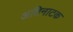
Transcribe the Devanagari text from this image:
अतिनाटक